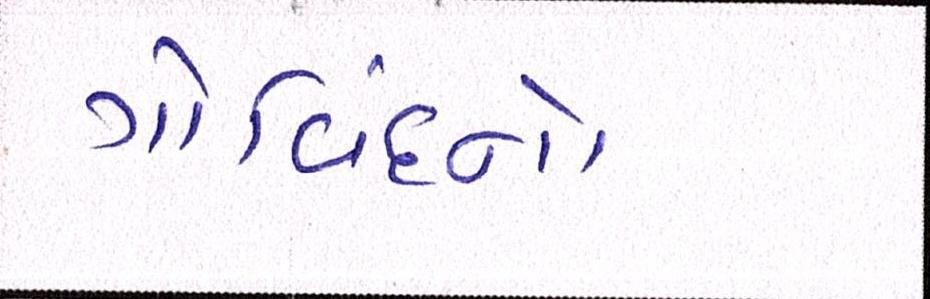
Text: ગોવિંદનો